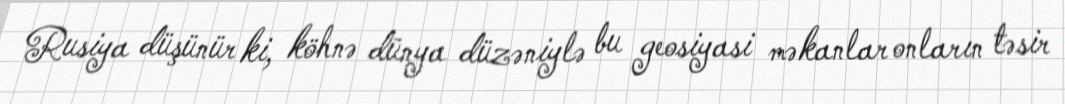
Rusiya düşünür ki, köhnə dünya düzəniylə bu geosiyasi məkanlar onların təsir